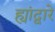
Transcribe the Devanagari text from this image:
ह्यांद्वारे